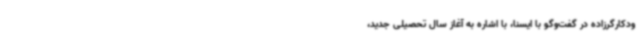
ودکارگرزاده در گفت‌وگو با ایسنا، با اشاره به آغاز سال تحصیلی جدید،